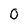
Character: 0